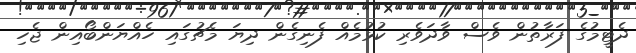
ދެޓީމުގެ ފަރާތުން ވެސް ވާދަވެރި ކުޅުމެއް ފެނިގެން ދިޔަ މެޗުގައި ހެއްޔަންބޯއިން ޖެހި